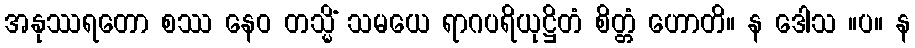
အနုဿရတော စဿ နေဝ တသ္မိံ သမယေ ရာဂပရိယုဋ္ဌိတံ စိတ္တံ ဟောတိ။ န ဒေါသ ။ပ။ န